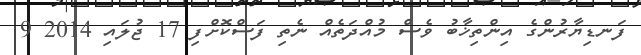
ފަނޑިޔާރުންގެ އިންތިޚާބު ވެސް މުއްދަތެއް ނެތި ފަސްކޮށްފި 17 ޖުލައި 2014 9